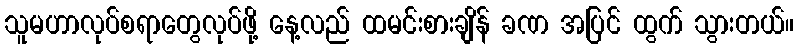
သူမဟာလုပ်စရာတွေလုပ်ဖို့ နေ့လည် ထမင်းစားချိန် ခဏ အပြင် ထွက် သွားတယ်။